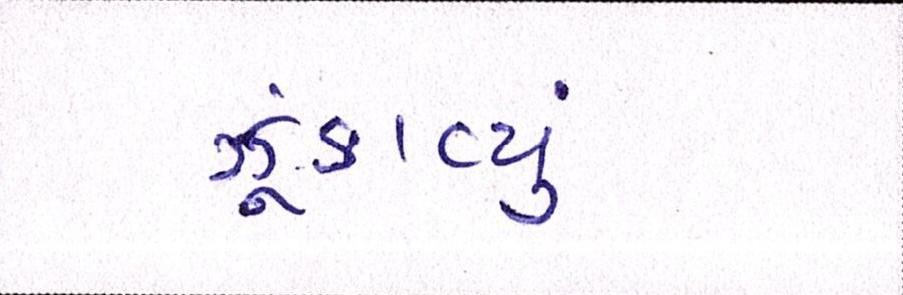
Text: ઝૂંકાવ્યું